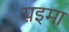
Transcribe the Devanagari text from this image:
य़इमा